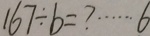
1 6 7 \div b = ? \cdots 6